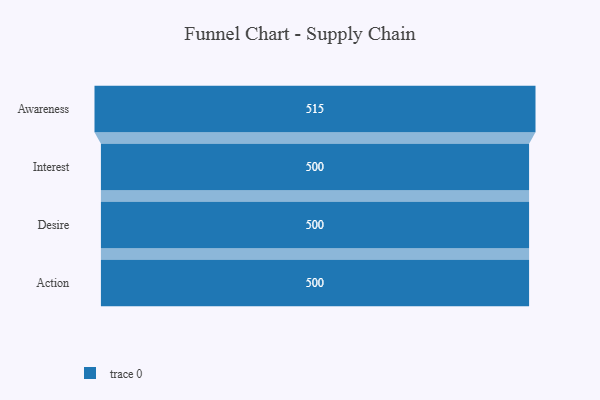
{"axis": {"x": "Stage", "y": "Value"}, "legend": [""], "data": [{"x": "Awareness", "y": 515.0, "type": ""}, {"x": "Interest", "y": 500, "type": ""}, {"x": "Desire", "y": 500, "type": ""}, {"x": "Action", "y": 500, "type": ""}]}